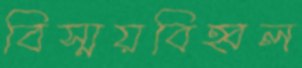
বিস্ময়বিহ্বল